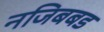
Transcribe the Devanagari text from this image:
नजिबबड